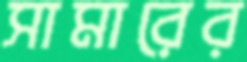
সামারের